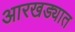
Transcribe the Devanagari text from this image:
आरखड्यात